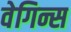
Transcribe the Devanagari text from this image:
वेगिन्स